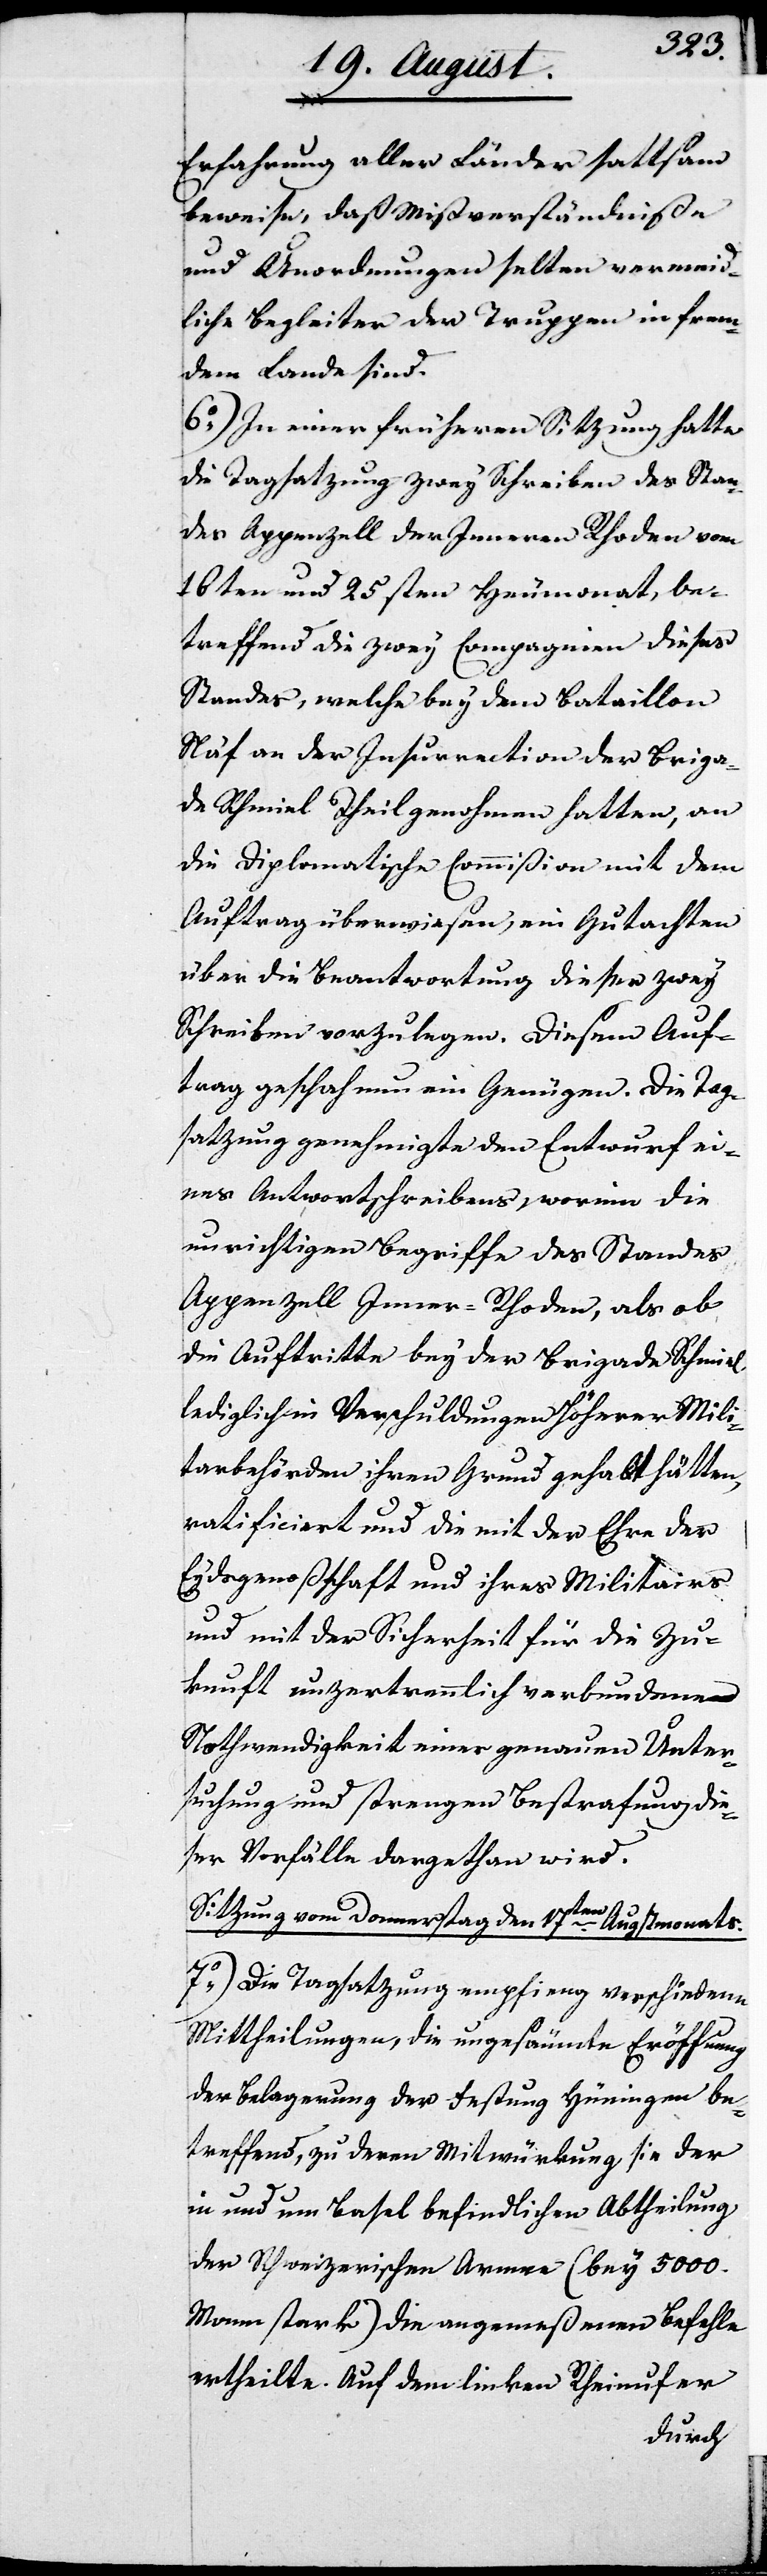
Erfahrung aller Länder sattsam
beweise, daß Mißverständniße
und Unordnungen selten vermeid¬
liche Begleiter der Truppen in frem¬
dem Lande sind.
6.) In einer früheren Sitzung hatte
die Tagsatzung zwey Schreiben des Stan¬
des Appenzell der Inneren Rhoden vom
16ten und 25sten Heumonat, be¬
treffend die zwey Compagnien dieses
Standes, welche bey den Bataillon
Näf an der Insurrection der Briga¬
de Schmiel Theil genohmen hatten, an
die Diplomatische Commißion mit dem
Auftrag überwiesen, ein Gutachten
über die Beantwortung dieser zwey
Schreiben vorzulegen. Diesem Auf¬
trag geschah nun ein Genügen. Die Tag¬
satzung genehmigte den Entwurf ei¬
nes Antwortschreibens, worinn die
unrichtigen Begriffe des Standes
Appenzell Inner-Rhoden, als ob
die Auftritte bey der Brigade Schmiel
lediglich in Verschuldung Höherer Mili¬
tarbehörden ihren Grund gehabt hätten,
ratificiert und die mit der Ehre der
Eydsgenoßenschaft und ihres Militairs
und mit der Sicherheit für die Zu¬
kunft unzertrennlich verbundene
Nothwendigkeit einer genauen Unter¬
suchung und strengen Bestrafung die¬
ser Vorfälle dargethan wird.
Sitzung vom Donnerstag den 17ten Augstmonats.
7.) Die Tagsatzung empfieng verschiedene
Mittheilungen, die ungesäumte Eröffnung
der Belagerung der Festung Hüningen be¬
treffend, zu deren Mitwürkung sie der
in und um Basel befindlichen Abtheilung
der Schweizerischen Armee (bey 5000
Mann stark) die angemeßenen Befehle
ertheilte. Auf dem linken Rheinufer